Lunatic asylums Punjab 1868-1880 - 1868-1880
Year: 1868
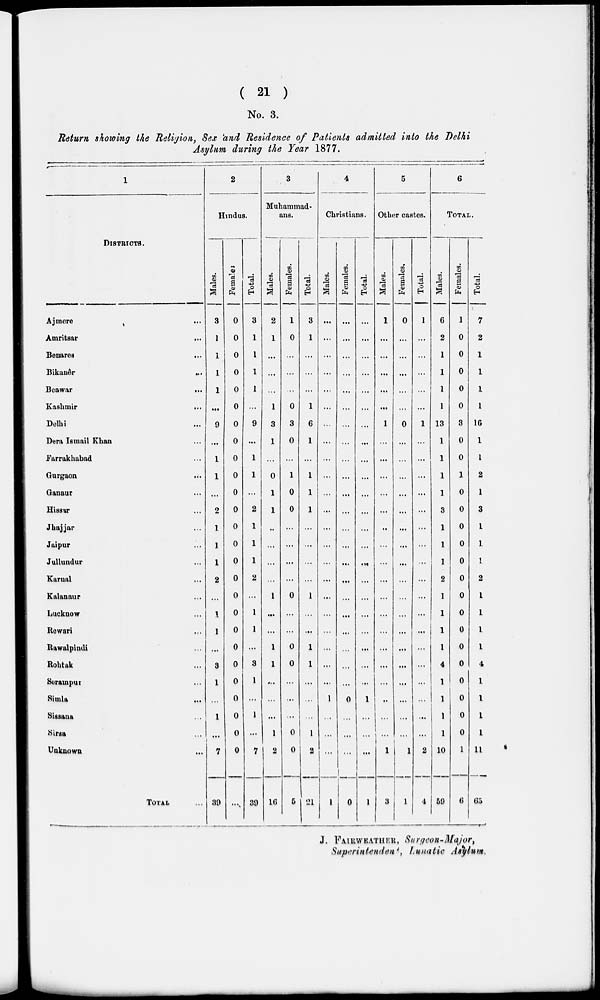
( 21 )
No. 3.
Return showing the Religion, Sex and Residence of Patients admitted into the Delhi
Asylum during the Year 1877.
1
DISTRICTS.
Ajmere ...
Amritsar ...
Benares ...
Bikanêr ..
Beawar ...
Kashmir ...
Delhi ...
Dera Ismail Khan ...
Farrakhabad ...
Gurgaon ...
Ganaur ...
Hissur ...
Jhajjar ...
Jaipur ...
Jullundur ...
Karnal ...
Kalanaur ...
Lucknow ...
Rewari ...
Rawalpindi ...
Rohtak ...
Serampur ...
Simla ...
Sissana ...
Sirsa ...
Unknown ...
TOTAL ...
2
Hindus.
Males.
3
1
1
1
1
...
9
...
1
1
...
2
1
1
1
2
...
1
1
...
3
1
...
1
...
7
39
Females
0
0
0
0
0
0
0
0
0
0
0
0
0
0
0
0
0
0
0
0
0
0
0
0
0
0
...
Total.
3
1
1
1
1
...
9
...
1
1
...
2
1
1
1
2
...
1
1
...
3
1
...
1
...
7
39
3
Muhammad-
ans.
Males.
2
1
...
...
...
1
3
1
...
0
1
1
..
...
...
...
1
...
...
1
1
...
...
...
1
2
16
Females.
1
0
...
...
...
0
3
0
...
1
0
0
...
...
...
...
0
...
...
0
0
...
...
...
0
0
5
Total.
3
1
...
...
...
1
6
1
...
1
1
1
...
...
...
...
1
...
...
1
1
...
...
...
1
2
21
4
Christians.
Males.
...
...
...
...
...
...
...
...
...
...
...
...
...
...
...
...
...
...
...
...
...
...
1
...
...
...
1
Females.
...
...
...
...
...
...
...
...
...
...
...
...
...
...
...
...
...
...
...
...
...
0
...
...
...
0
Total.
...
...
...
...
...
...
...
...
...
...
...
...
...
...
...
...
...
...
...
...
...
...
1
...
...
...
1
5
Other castes.
Males.
1
...
...
...
...
...
1
...
...
...
...
...
...
...
...
...
...
...
...
...
...
...
...
...
...
1
3
Females.
0
...
...
...
...
...
0
...
...
...
...
...
...
...
...
...
...
...
...
...
...
...
...
...
...
1
1
Total.
1
...
...
...
...
...
1
...
...
...
...
...
...
...
...
...
...
...
...
...
...
...
...
...
2
4
6
TOTAL.
Males.
6
2
1
1
1
1
13
1
1
1
1
3
1
1
1
2
1
1
1
1
4
1
1
1
1
10
59
Females.
1
0
0
0
0
0
3
0
0
1
0
0
0
0
0
0
0
0
0
0
0
0
0
0
0
1
6
Total.
7
2
1
1
1
1
16
1
1
2
1
3
1
1
1
2
1
1
1
1
4
1
1
1
1
11
65
J. FAIRWEATHER, Surgeon-Major,
Superintendent, Lunatic Asylum.